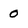
Character: 0